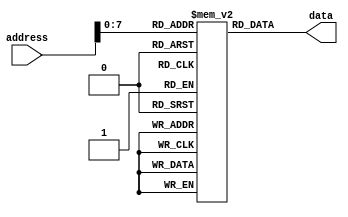
module rom (
    input wire [31:0] address,
    output reg [7:0] data
);

reg [7:0] memory [0:255];

initial begin
    // Initialization of memory with pre-loaded data
    memory[0] = 8'b00000001;
    memory[1] = 8'b00000010;
    // Add more initialization data as needed
end

always @(*) begin
    data = memory[address];
end

endmodule